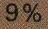
9 %